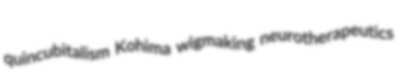
quincubitalism Kohima wigmaking neurotherapeutics